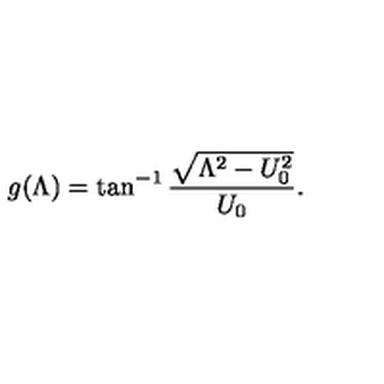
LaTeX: g ( \Lambda ) = \tan ^ { - 1 } \frac { \sqrt { \Lambda ^ { 2 } - U _ { 0 } ^ { 2 } } } { U _ { 0 } } .